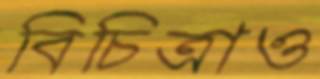
বিচিত্রাও